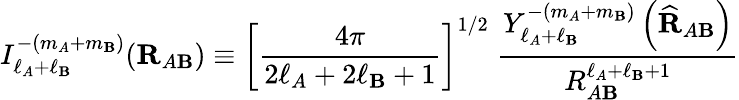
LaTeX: I_{\ell_{A}+\ell_{\mathbf{B}}}^{-(m_{A}+m_{\mathbf{B}})}(\mathbf{{R}}_{A\mathbf{B}})\equiv\left[{\frac{{4\pi}}{{2\ell_{A}+2\ell_{\mathbf{B}}+1}}}\right]^{1/2}\; {\frac{{Y_{\ell_{A}+\ell_{\mathbf{B}}}^{-(m_{A}+m_{\mathbf{B}})}\left({\widehat{{\mathbf{{R}}}}}_{A\mathbf{B}}\right)}}{{R_{A\mathbf{B}}^{\ell_{A}+\ell_{\mathbf{B}}+1}}}}